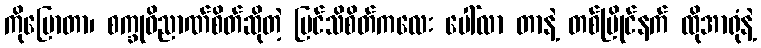
ကိုပြောတာ၊ စက္ခုဝိညာဏ်စိတ်ဆိုတဲ့ မြင်သိစိတ်ကလေး ပေါ်လာ တာနဲ့ တစ်ပြိုင်နက် ထိုအာရုံနဲ့